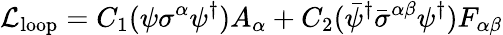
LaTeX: {\cal{L}}_{\mathrm{loop}}=C_{1}(\psi\sigma^{\alpha}\psi^{\dagger})A_{\alpha}+C_{2}(\bar{\psi}^{\dagger}\bar{\sigma}^{\alpha\beta}\psi^{\dagger})F_{\alpha\beta}